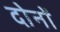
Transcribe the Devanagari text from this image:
दाेनाें